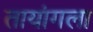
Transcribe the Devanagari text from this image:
तायांगला